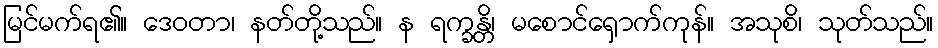
မြင်မက်ရ၏။ ဒေဝတာ၊ နတ်တို့သည်။ န ရက္ခန္တိ၊ မစောင်ရှောက်ကုန်။ အသုစိ၊ သုတ်သည်။